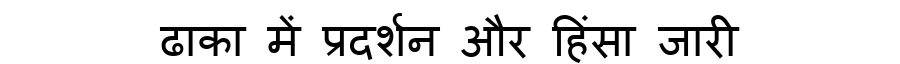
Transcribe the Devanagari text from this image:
ढाका में प्रदर्शन और हिंसा जारी